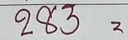
283 =